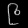
Digit: ၉